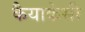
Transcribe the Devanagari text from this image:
कैयाकेसी